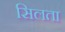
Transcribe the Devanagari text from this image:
सिलता